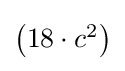
{\textstyle \left(18\cdot c^{2}\right)}